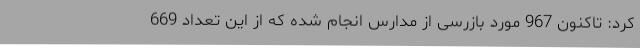
کرد: تاکنون 967 مورد بازرسی از مدارس انجام شده که از این تعداد 669